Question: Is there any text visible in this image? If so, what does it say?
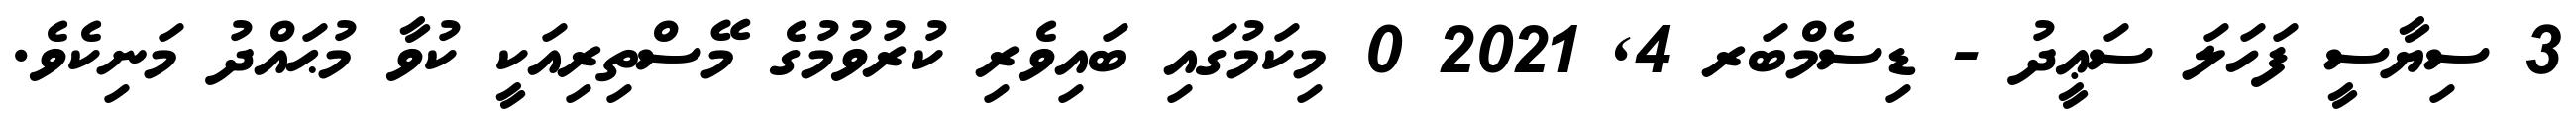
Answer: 3 ސިޔާސީ ފަހަލަ ސަޢީދު - ޑިސެމްބަރ 4, 2021 0 މިކަމުގައި ބައިވެރި ކުރުވުމުގެ މޭސްތިރިއަކީ ކުވާ މުޙައްދު މަނިކެވެ.